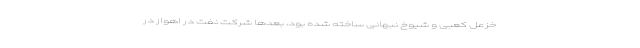
خزعل کعبی و شیوخ نبهانی ساخته شده بود، بعدها شرکت نفت در اهواز در